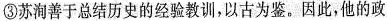
③苏洵善于总结历史的经验教训，以古为鉴。因此，他的政